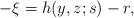
LaTeX: \begin{align*}-\xi=h(y, z;s)-r,\end{align*}